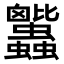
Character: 𧖕